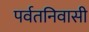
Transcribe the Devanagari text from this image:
पर्वतनिवासी